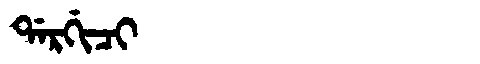
Manchu: ᡩᠠᡵᡤᡳᠴᡳ
Romanization: DARGICI